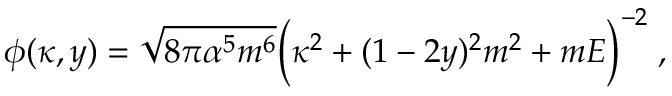
\phi ( \kappa , y ) = \sqrt { 8 \pi \alpha ^ { 5 } m ^ { 6 } } \Bigl ( \kappa ^ { 2 } + ( 1 - 2 y ) ^ { 2 } m ^ { 2 } + m E \Bigr ) ^ { - 2 } \; ,